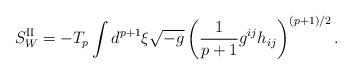
LaTeX: \begin{align*}S^{{\rm II}}_{W}=-T_{p}\int d^{p+1}{\xi}\sqrt{-g}\left(\frac{1}{p+1}g^{ij}h_{ij}\right)^{(p+1)/2}.\end{align*}